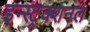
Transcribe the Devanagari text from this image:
इन्स्ट्रक्शनल